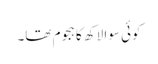
کوئی سوا لاکھ کا ہجوم تھا۔